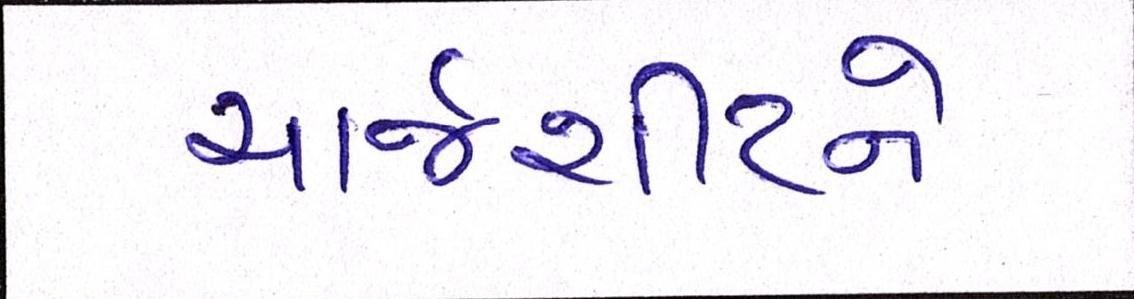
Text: ચાર્જશીટને